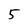
Character: 5